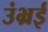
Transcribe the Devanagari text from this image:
उंभ्रई